画像に写った文字を読んでください
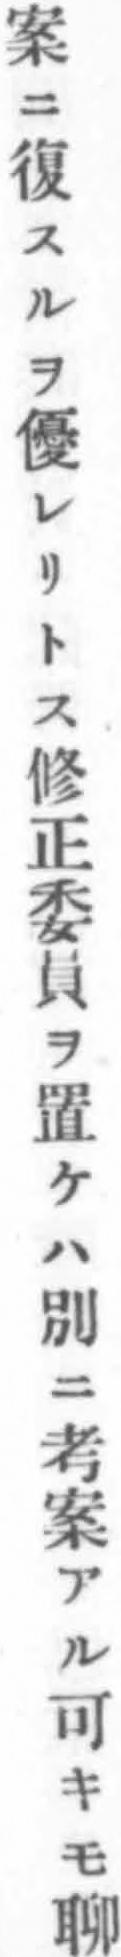
「案ニ復スルヲ優レリトス修正委員ヲ置ケハ別ニ考案アル可キモ聊」と書いてあります